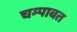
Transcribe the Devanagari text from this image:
चम्पाबत